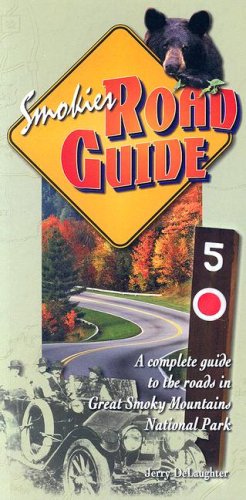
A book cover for Smokies Road Guide; Jerry Delaughter; Travel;